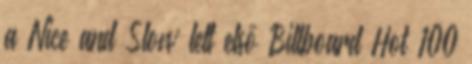
a Nice and Slow lett első Billboard Hot 100